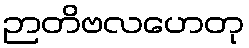
ဉာတိဗလဟေတု